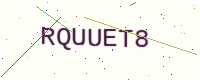
Text: RQUUET8